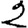
Digit: 2